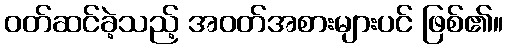
ဝတ်ဆင်ခဲ့သည့် အဝတ်အစားများပင် ဖြစ်၏။